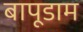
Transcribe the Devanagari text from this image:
बापूडाम